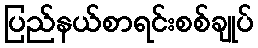
ပြည်နယ်စာရင်းစစ်ချုပ်